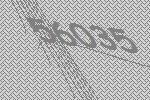
56035